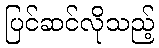
ပြင်ဆင်လိုသည့်